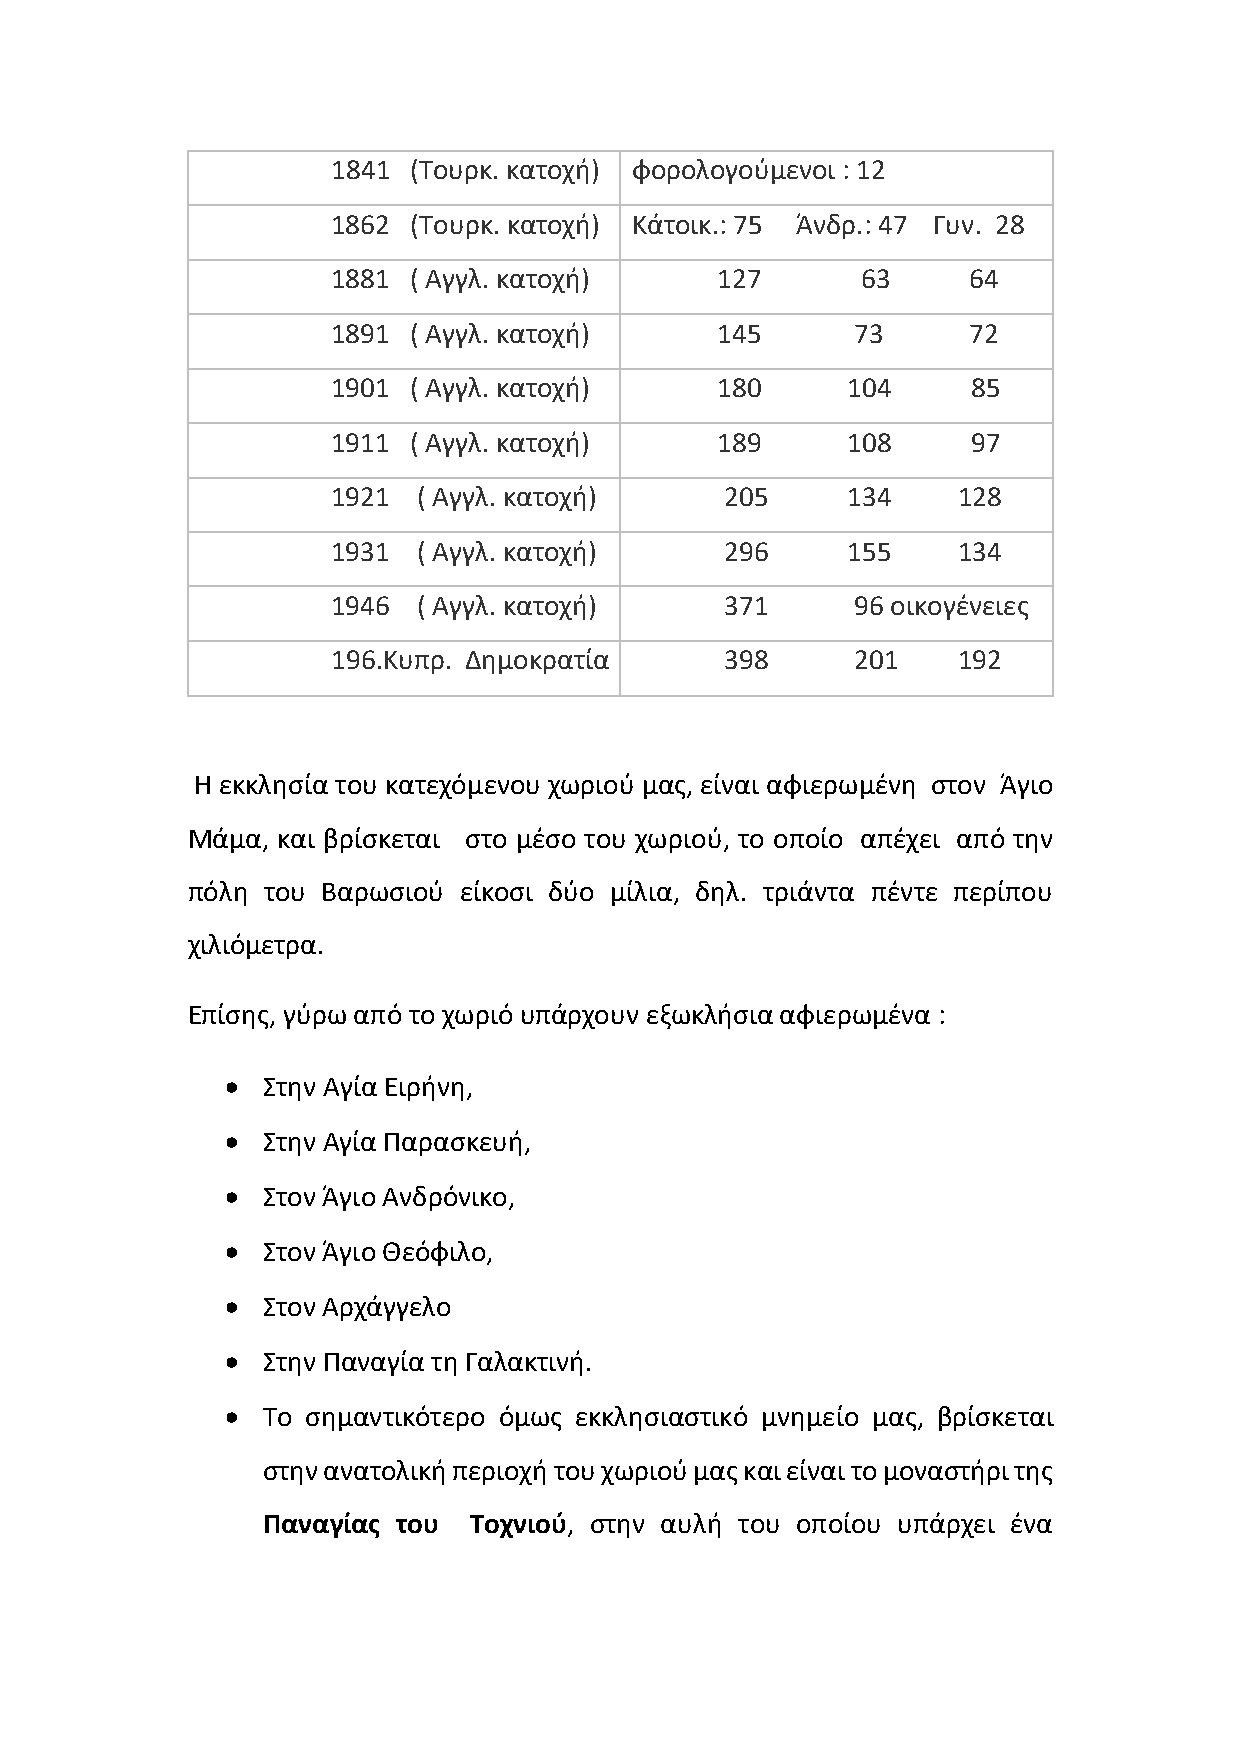
1841 (Τουρκ. κατοχή) φορολογούμενοι : 12
 1862 (Τουρκ. κατοχή) Κάτοικ.: 75 Άνδρ.: 47 Γυν. 28
 1881 ( Αγγλ. κατοχή)     127       63     64
 1891 ( Αγγλ. κατοχή)     145       73     72
 1901 ( Αγγλ. κατοχή)     180      104     85
 1911 ( Αγγλ. κατοχή)     189      108     97
 1921  ( Αγγλ. κατοχή)     205     134    128
 1931  ( Αγγλ. κατοχή)     296     155    134
 1946  ( Αγγλ. κατοχή)     371      96 οικογένειες
 196.Κυπρ. Δημοκρατία      398      201   192
 Η εκκλησία του κατεχόμενου χωριού μας, είναι αφιερωμένη στον Άγιο
 Μάμα, και βρίσκεται στο μέσο του χωριού, το οποίο απέχει από την
 πόλη του Βαρωσιού είκοσι δύο μίλια, δηλ. τριάντα πέντε περίπου
 χιλιόμετρα.
 Επίσης, γύρω από το χωριό υπάρχουν εξωκλήσια αφιερωμένα :
 • Στην Αγία Ειρήνη,
 • Στην Αγία Παρασκευή,
 • Στον Άγιο Ανδρόνικο,
 • Στον Άγιο Θεόφιλο,
 • Στον Αρχάγγελο
 • Στην Παναγία τη Γαλακτινή.
 • Το σημαντικότερο όμως εκκλησιαστικό μνημείο μας, βρίσκεται
 στην ανατολική περιοχή του χωριού μας και είναι το μοναστήρι της
 Παναγίας του  Τοχνιού, στην αυλή του οποίου υπάρχει ένα